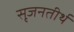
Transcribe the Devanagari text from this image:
सृजनतीर्थ